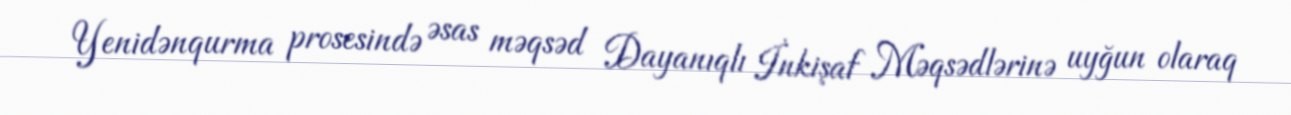
Yenidənqurma prosesində əsas məqsəd Dayanıqlı İnkişaf Məqsədlərinə uyğun olaraq